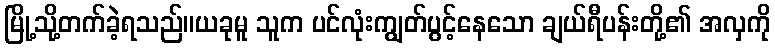
မြို့သို့တက်ခဲ့ရသည်။ယခုမူ သူက ပင်လုံးကျွတ်ပွင့်နေသော ချယ်ရီပန်းတို့၏ အလှကို